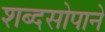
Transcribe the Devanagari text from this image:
शब्दसोपाने